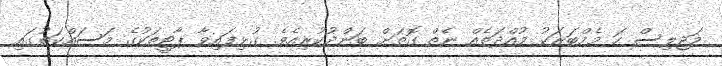
މަޖިލިސް ހަ މެމްބަރަކު މުއްދަތެއް ނެތް ގޮތަށް ބަންދުކުރިއެވެ. ގުޅިފައިވާ ޕާޓީތަކުގެ މަސައްކަތުގައި